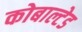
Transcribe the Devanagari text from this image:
कोबाल्टेड